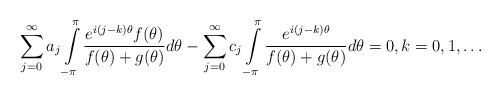
LaTeX: \begin{align*} \sum\limits_{j=0}^{\infty}a_j\int\limits_{-\pi}^{\pi}\frac{e^{i(j-k)\theta}f(\theta)}{f(\theta)+g(\theta)}d\theta-\sum\limits_{j=0}^{\infty}c_j\int\limits_{-\pi}^{\pi}\frac{e^{i(j-k)\theta}}{f(\theta)+g(\theta)}d\theta=0,k = 0, 1,\dots \end{align*}